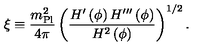
\xi \equiv { \frac { m _ { \mathrm { P l } } ^ { 2 } } { 4 \pi } } \left( { \frac { H ^ { \prime } \left( \phi \right) H ^ { \prime \prime \prime } \left( \phi \right) } { H ^ { 2 } \left( \phi \right) } } \right) ^ { 1 / 2 } .